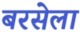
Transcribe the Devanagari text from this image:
बरसेला